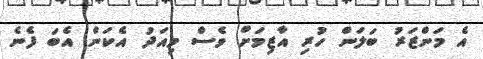
އެ މަންޒަރު ބަލަން ހުރި އާޒިމަށް ވެސް މިއަދު އެކަން އެބަ ފެނެ